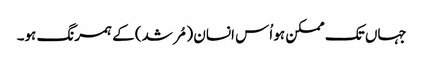
جہاں تک ممکن ہو اُس انسان (مُرشد) کے ہمرنگ ہو۔